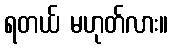
ရတယ် မဟုတ်လား။